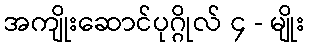
အကျိုးဆောင်ပုဂ္ဂိုလ် ၄ - မျိုး